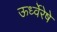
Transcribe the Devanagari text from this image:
ऊर्ध्वेरेषे